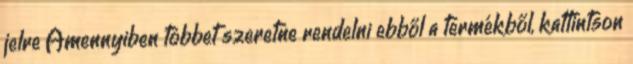
jelre Amennyiben többet szeretne rendelni ebből a termékből, kattintson